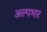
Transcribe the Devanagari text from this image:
अल्पभार